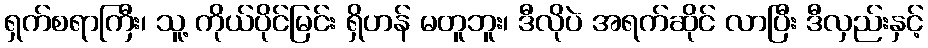
ရှက်စရာကြီး၊ သူ့ ကိုယ်ပိုင်မြင်း ရှိဟန် မတူဘူး၊ ဒီလိုပဲ အရက်ဆိုင် လာပြီး ဒီလှည်းနှင့်